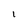
Character: l